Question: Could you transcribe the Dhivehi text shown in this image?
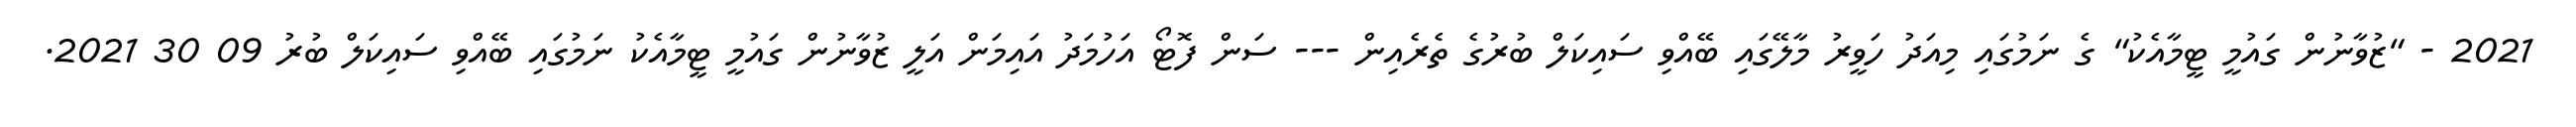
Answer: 2021 - "ޒުވާނުން ގައުމީ ޓީމާއެކު" ގެ ނަމުގައި މިއަދު ހަވީރު މާލޭގައި ބޭއްވި ސައިކަލް ބުރުގެ ތެރެއިން --- ސަން ފޮޓޯ އަހުމަދު އައިމަން އަލީ ޒުވާނުން ގައުމީ ޓީމާއެކު ނަމުގައި ބޭއްވި ސައިކަލް ބުރު 09 30 2021.